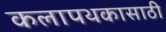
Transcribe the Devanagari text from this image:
कलापथकासाठी